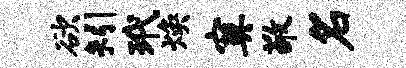
欲矧玳焕寞敬名